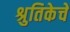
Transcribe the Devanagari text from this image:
श्रुतिकेचे